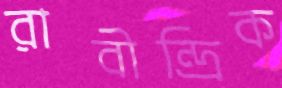
রাবীন্দ্রিক